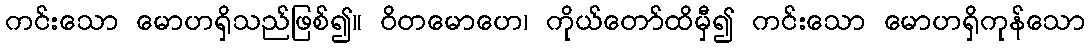
ကင်းသော မောဟရှိသည်ဖြစ်၍။ ဝိတမောဟေ၊ ကိုယ်တော်ထိမှီ၍ ကင်းသော မောဟရှိကုန်သော